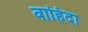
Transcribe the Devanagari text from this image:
वाहिदा